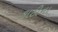
કાઠીના